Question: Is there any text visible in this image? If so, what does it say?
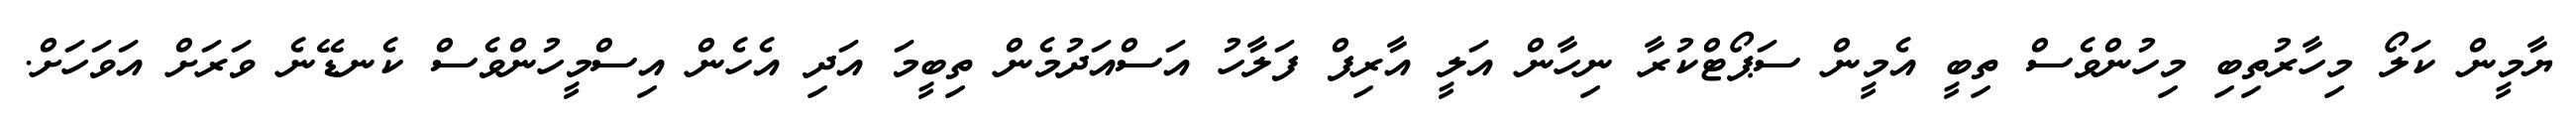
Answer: ޔާމީން ކަލޯ މިހާރުތިބި މިހުންވެސް ތިބީ އެމީން ސަޕޯޓްކުރާ ނިހާން އަލީ އާރިފް ފަލާހު އަސްއަދުމެން ތިބީމަ އަދި އެހެން އިސްމީހުންވެސް ކެނޑޭނެ ވަރަށް އަވަހަށް.